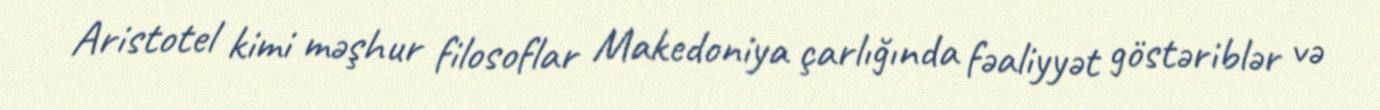
Aristotel kimi məşhur filosoflar Makedoniya çarlığında fəaliyyət göstəriblər və